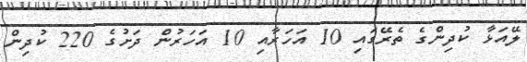
ލޭއަޅާ ކުދިންގެ ތެރޭގައި 10 އަހަރާއި 10 އަހަރުން ދަށުގެ 220 ކުދިން